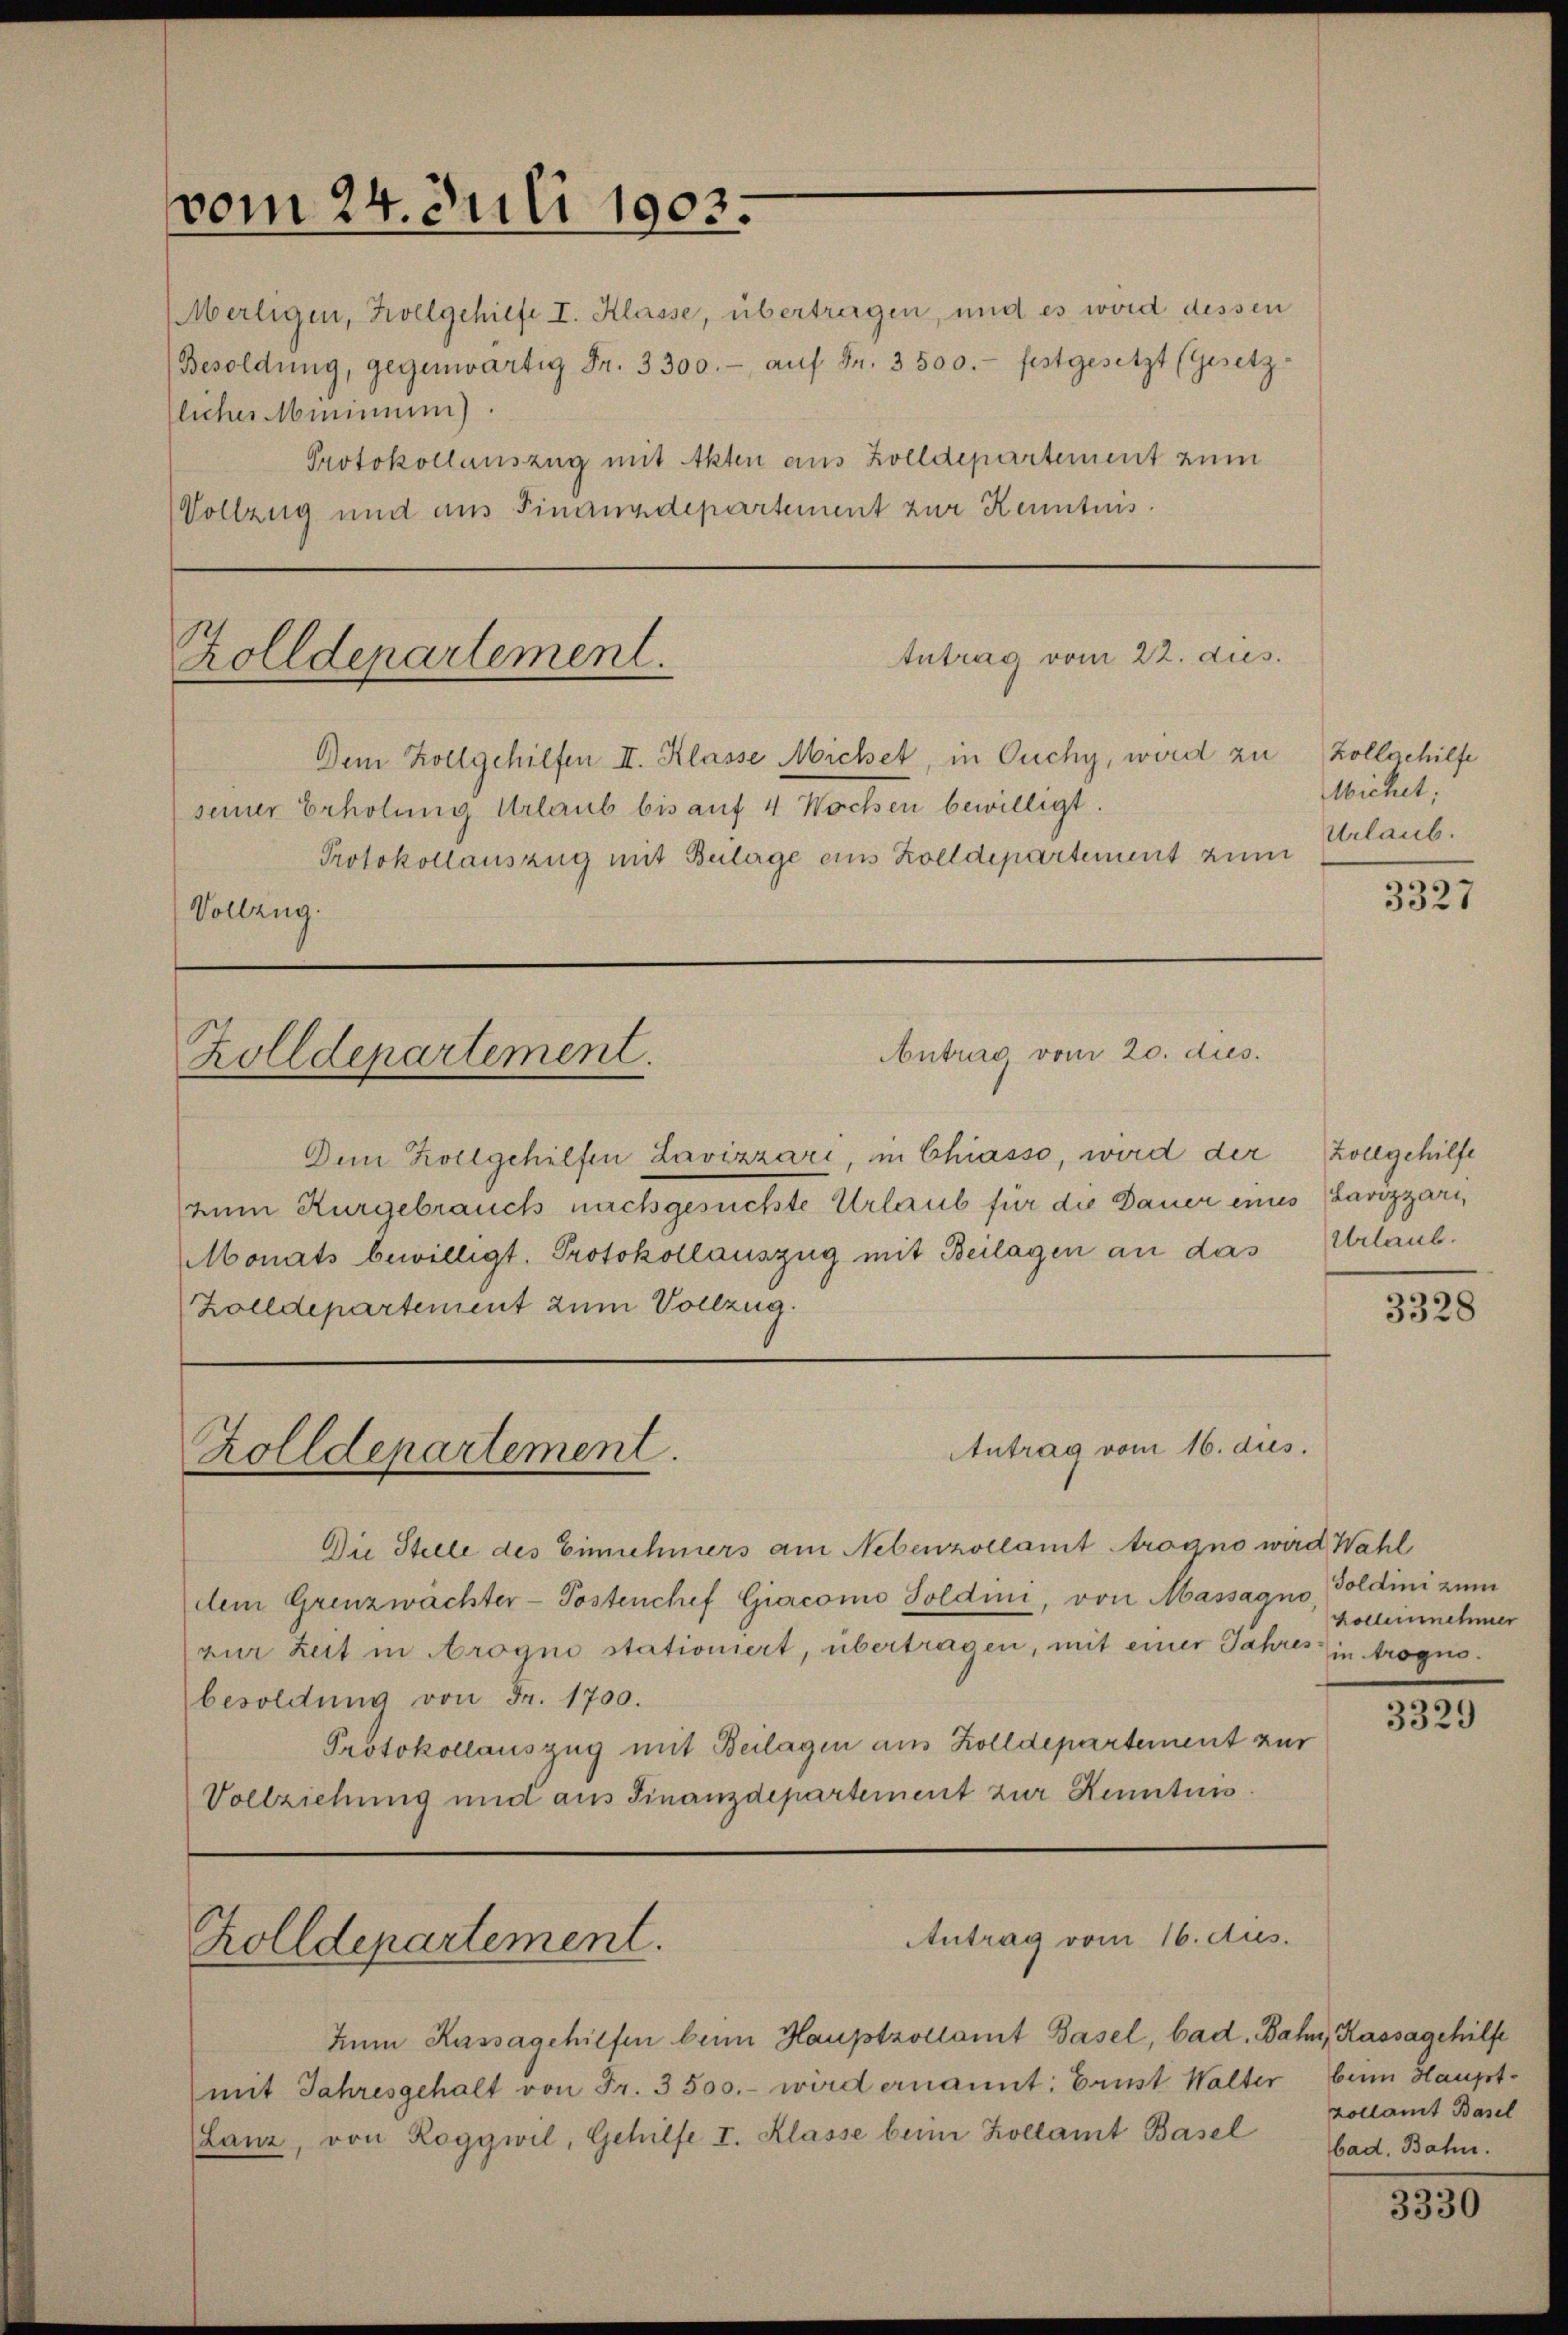
vom 24. Juli 1903.

Antrag vom 22. aus.
Zolldepartement.
Dem Zollgehilfen II. Klasse Michet, in Ouchy, wird zu Zollgehilfe

seiner Erholung Urlaub bis auf 4 Wochen bewilligt.
Protokollauszug mit Bulage eins Zolldepartement zum

Vollzug.

liches Minimum).
Protokollauszug mit Akten aus Zolldepartement zum
Vollzug und aus Finanzdepartement zur Kenntnis

Zolldepartement.

Zolldepartement.

Zolldepartement.

Dem Zollgehülfen Lavizzari, in Chiasso, wird der
zum Kurgebrauch nachgesuchte Urlaub für die Dauer eines Lavizzari,
Monats bewilligt. Protokollauszug mit Beilagen an das
Zolldepartement zum Vollzug.

Die Stelle des Einnehmers am Nebenzollamt rogno wird Wahl
dem Grenzwächter-Postenchef Giacomo Soldini, von Massagno,
zur Zeit in Arogno stationiert, übertragen, mit einer Jahres in trognobesoldung von Fr. 1700.
Protokollauszug mit Beilagen aus Zolldepartement zur
Vollziehung und aus Finanzdepartement zur Kenntnis.

Hem Kassagehilfen beim Hauptzollamt Basel, bad. Bahn, Kassagehilfe
mit Jahresgehalt von Fr. 3500.- wird ernannt: Brust Walter beim Haupt-
(Lanz, von Roggwil, Gehilfe I. Klasse beim Kollamt Basel

Merligen, Hollgehilfe I. Klasse, übertragen, und es wird dessen
Besoldŭng, gegenwärtig Fr. 3300.- aŭf Fr. 3500.- festgesetzt (Gesetz-

Antrag vom 20. dies

Antrag vom 16. dus.

Antrag vom 16. Aus

3327

3328

3329

zollamt Basel
bad. Bahn.

Michet,
Urlaub.

Zollgehilfe
Urlaub.

Soldini zum
kolleinehmer

3330